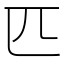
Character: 匹